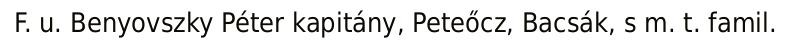
F. u. Benyovszky Péter kapitány, Peteőcz, Bacsák, s m. t. famil.